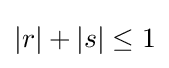
|r|+|s|\leq 1